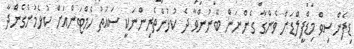
ޑިފެންސިވް މިޑްފީލްޑަށް ވެންގާ ގެންނަން ބޭނުންވާ ދެ ކުޅުންތެރިންނަކީ ސައުތު ހެމްޓަންއަށް ކުޅެމުންގެންދާ